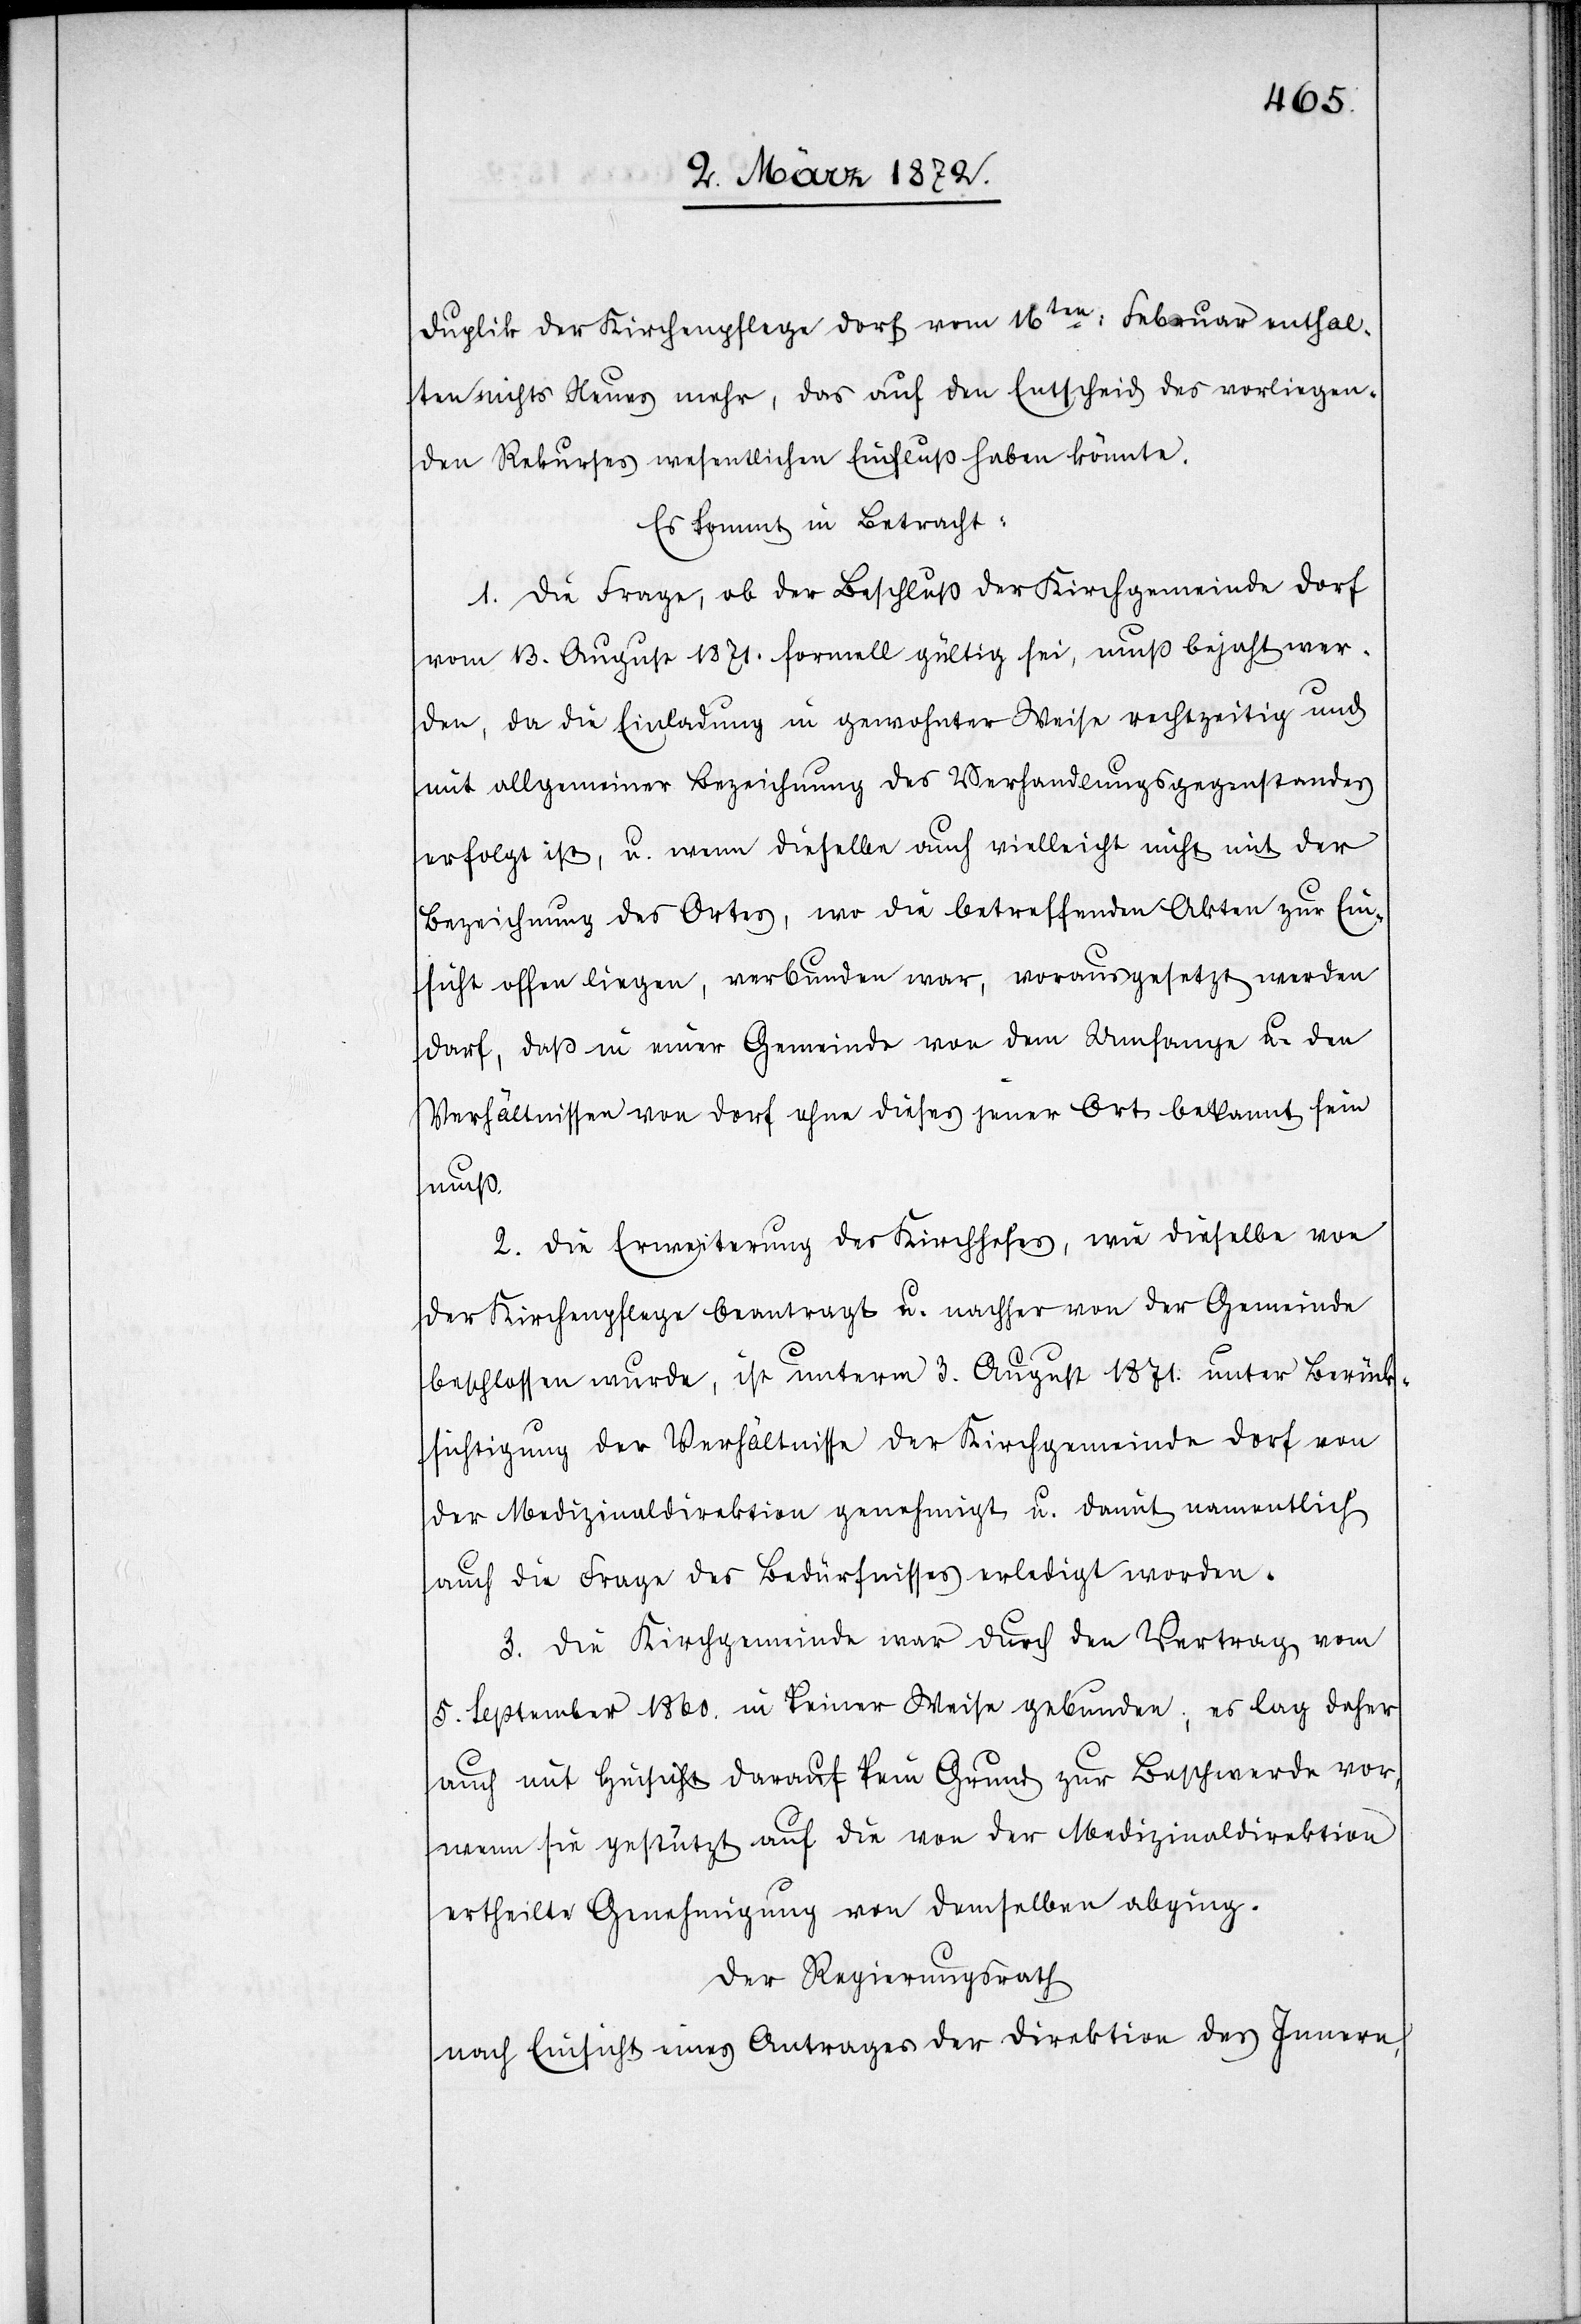
Duplik der Kirchenpflege Dorf vom 16ten Februar enthal¬
ten nichts Neues mehr, das auf den Entscheid des vorliegen¬
den Rekurses wesentlich Einfluß haben könnte.
Es kommt in Betracht:
1. Die Frage, ob der Beschluß der Kirchgemeinde Dorf
vom 13. August 1871. formell gültig sei, muß bejaht wer¬
den, da die Einladung in gewohnter Weise rechtzeitig und
mit allgemeiner Bezeichnung des Verhandlungsgegenstandes
erfolgt ist, u. wenn dieselben auch vielleicht nicht mit der
Bezeichnung des Ortes, wo die betreffenden Akten zur Ein¬
sicht offen liegen, verbunden war, vorausgesetzt werden
darf, daß in einer Gemeinde von dem Umfange u. den
Verhältnissen von Dorf ohne dieses jener Ort bekannt sein
muß.
2. Die Erweiterung des Kirchhofes, wie dieselbe von
der Kirchenpflege beantragt u. welcher von der Gemeinde
beschlossen wurde, ist unterm 3. August 1871. unter Berück¬
sichtigung der Verhältnisse der Kirchgemeinde Dorf von
der Medizinaldirektion genehmigt u. damit namentlich
auch die Frage des Bedürfnisses erledigt worden.
3. Die Kirchgemeinde war durch den Vertrag vom
5. September 1860. in keiner Weise gebunden; es lag daher
auch mit Hinsicht darauf kein Grund zur Beschwerde vor,
wenn sie gestützt auf die von der Medizinaldirektion
ertheilte Genehmigung von demselben abging.
Der Regierungsrath
nach Einsicht eines Antrages der Direktion des Innern,